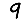
Digit: 9